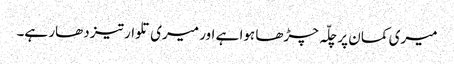
میری کمان پر چلّہ چڑھا ہوا ہے اور میری تلوار تیز دھار ہے۔